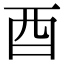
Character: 酉